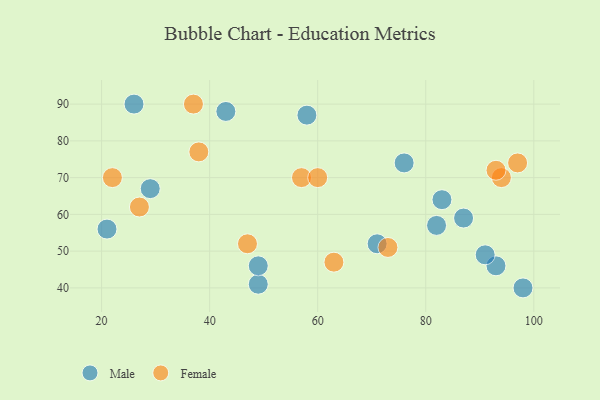
{"axis": {"x": "GDP", "y": "Life Expectancy"}, "legend": ["Female", "Male"], "data": [{"x": "49", "y": 41, "type": "Male"}, {"x": "49", "y": 46, "type": "Male"}, {"x": "21", "y": 56, "type": "Male"}, {"x": "82", "y": 57, "type": "Male"}, {"x": "93", "y": 46, "type": "Male"}, {"x": "26", "y": 90, "type": "Male"}, {"x": "71", "y": 52, "type": "Male"}, {"x": "87", "y": 59, "type": "Male"}, {"x": "83", "y": 64, "type": "Male"}, {"x": "98", "y": 40, "type": "Male"}, {"x": "43", "y": 88, "type": "Male"}, {"x": "29", "y": 67, "type": "Male"}, {"x": "76", "y": 74, "type": "Male"}, {"x": "58", "y": 87, "type": "Male"}, {"x": "91", "y": 49, "type": "Male"}, {"x": "94", "y": 70, "type": "Female"}, {"x": "63", "y": 47, "type": "Female"}, {"x": "27", "y": 62, "type": "Female"}, {"x": "93", "y": 72, "type": "Female"}, {"x": "22", "y": 70, "type": "Female"}, {"x": "97", "y": 74, "type": "Female"}, {"x": "38", "y": 77, "type": "Female"}, {"x": "73", "y": 51, "type": "Female"}, {"x": "47", "y": 52, "type": "Female"}, {"x": "37", "y": 90, "type": "Female"}, {"x": "57", "y": 70, "type": "Female"}, {"x": "60", "y": 70, "type": "Female"}]}